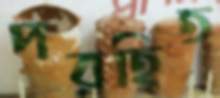
পরহিত